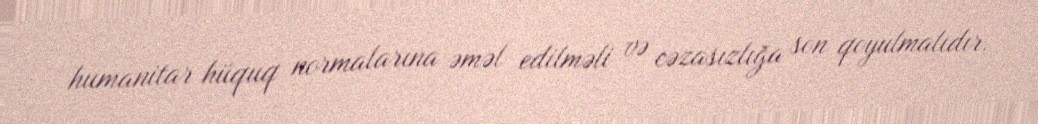
humanitar hüquq normalarına əməl edilməli və cəzasızlığa son qoyulmalıdır.